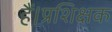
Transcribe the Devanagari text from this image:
हैं।प्रशिक्षक